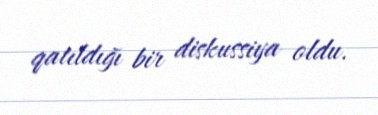
qatıldığı bir diskussiya oldu.